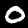
Digit: 0